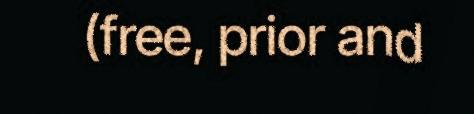
(free, prior and